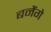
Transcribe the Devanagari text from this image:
बनैंगे